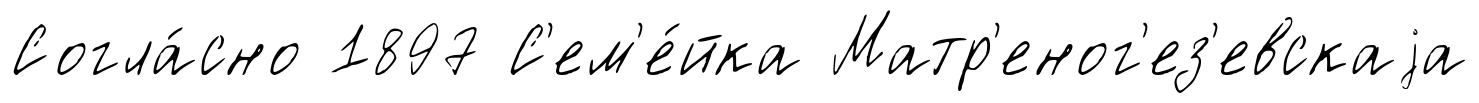
Согла́сно 1897 С'ем'е́йка Матр'еног'ез'евскаjа